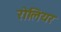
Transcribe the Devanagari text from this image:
रोलियर